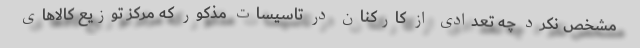
مشخص نکرد چه تعدادی از کارکنان در تاسیسات مذکور که مرکز توزیع کالاهای